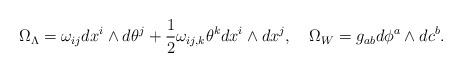
LaTeX: \begin{align*}\Omega_{\Lambda}= \omega_{ij}dx^{i}\wedge d\theta^{j} +\frac 12\omega_{ij,k}\theta^k dx^{i}\wedge dx^{j},\quad\Omega_{W}=g_{ab}d\phi^{a}\wedge dc^{b} .\end{align*}